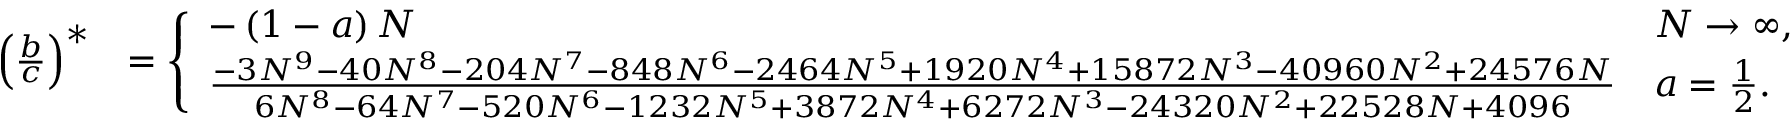
\begin{array} { r l } { \left( \frac { b } { c } \right) ^ { \ast } } & { = \left\{ \begin{array} { l l } { - \left( 1 - a \right) N } & { N \rightarrow \infty , } \\ { \frac { - 3 N ^ { 9 } - 4 0 N ^ { 8 } - 2 0 4 N ^ { 7 } - 8 4 8 N ^ { 6 } - 2 4 6 4 N ^ { 5 } + 1 9 2 0 N ^ { 4 } + 1 5 8 7 2 N ^ { 3 } - 4 0 9 6 0 N ^ { 2 } + 2 4 5 7 6 N } { 6 N ^ { 8 } - 6 4 N ^ { 7 } - 5 2 0 N ^ { 6 } - 1 2 3 2 N ^ { 5 } + 3 8 7 2 N ^ { 4 } + 6 2 7 2 N ^ { 3 } - 2 4 3 2 0 N ^ { 2 } + 2 2 5 2 8 N + 4 0 9 6 } } & { a = \frac { 1 } { 2 } . } \end{array} \right. } \end{array}